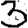
Digit: 3